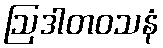
ဩဒါတဝသနံ